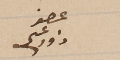
عضو داود عسى